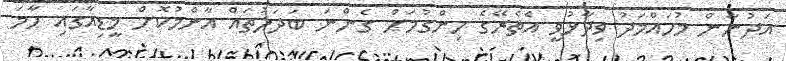
އަދުނާން މުހައްމަދު ވިދާޅުވީ އެތެރޭގެ ހިންގުމަށް ގެންނަ ބަދަލުތައް އާންމުކޮށް މީޑިއާގައި ހާމަ